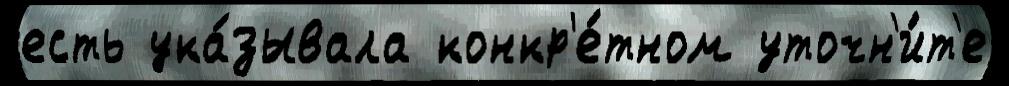
есть ука́зывала конкр'е́тном уточн'и́т'е